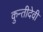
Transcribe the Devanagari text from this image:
कुन्तीदेवी